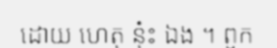
ដោយ ហេតុ នុ៎ះ ឯង ។ ពួក